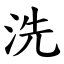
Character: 洗